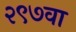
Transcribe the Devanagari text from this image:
२९७वा